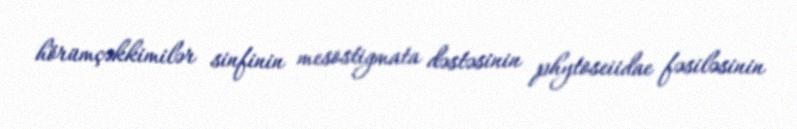
hörümçəkkimilər sinfinin mesostigmata dəstəsinin phytoseiidae fəsiləsinin